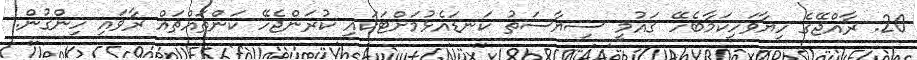
20. ރާއްޖޭގެ ހިޔާވަހިކަމާބެހޭ ޤައުމީ ސިޔާސަތު ކަނޑައެޅުމަށްޓަކައި ކުރަންޖެހޭ ކަންތައްތައް ރާވައި ހިންގުން.